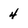
Character: 4